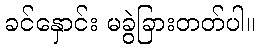
ခင်နှောင်း မခွဲခြားတတ်ပါ။